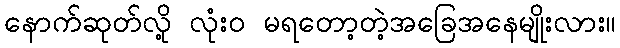
နောက်ဆုတ်လို့ လုံး၀ မရတော့တဲ့အခြေအနေမျိုးလား။